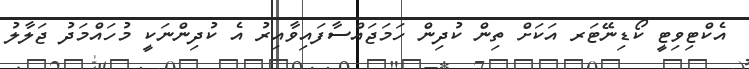
އެކްޓިވިޓީ ކޯޑިނޭޓަރ އަކަށް ތިން ކުދިން ހަމަޖައްސާފައިވާއިރު އެ ކުދިންނަކީ މުހައްމަދު ޖަލާލު